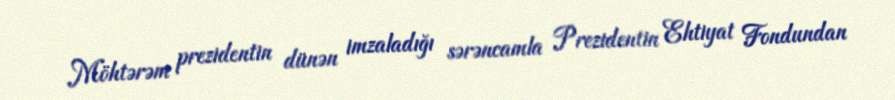
Möhtərəm prezidentin dünən imzaladığı sərəncamla Prezidentin Ehtiyat Fondundan